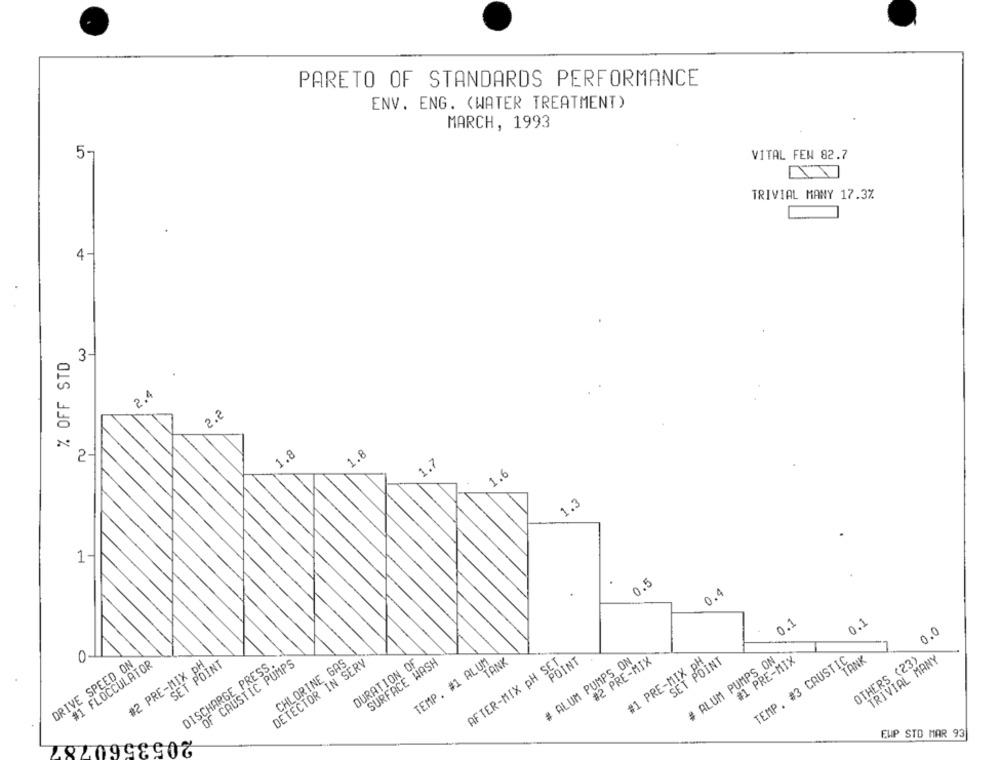
PARETO OF STANDARDS PERFORMANCE
ENV. ENG. (WATER TREATMENT)
MARCH, 1993
5-
VITAL FEN 82.7
TRIVIAL MANY 17.3%
4-
% OFF STD
3
2.4
2.8
1.8
1.8
1.7
1.6
1.3
1-
0.5
0.4
0.1
0.1
0.0
DRIVE SPEED ON
#1 FLOCCULATOR
DISCHARGE PRESS.
OF CAUSTIC PUMPS
DETECTOR IN SERV
CHLORINE GAS
DURATION OF
SURFACE WASH
TEMP. #1 ALUM
AFTER-MIX PH POINT
TANK
# ALUM PUMPS ON
#2 PRE-MIX
SET POINT
# ALUM PUMPS ON
#1 PRE-MIX
TEMP. #3 CAUSTIC.
TANK
OTHERS (23)
TRIVIAL MANY
SET POINT
#1 PRE-MIX P
#2 PRE-MIX
2053560787
EUP STD MAR 93